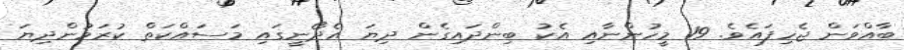
ބާއްވަން ޖެހިފައެވެ. 19 މީހުންނާއި އެކު ބިންދައިގެން ދިޔަ އެދޯނީގައި މަސައްކަތް ކުރަމުންދިޔަ